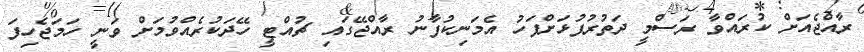
ރާއްޖެއަށް ކުރައްވާ ރަސްމީ ދަތުރުފުޅަށްފަހު އެމަނިކުފާނު ރާއްޖޭގައި ޗުއްޓީ ހޭދަކުރެއްވުމަށް ވަނީ ހަމަޖެހިފަ